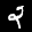
Label: 2